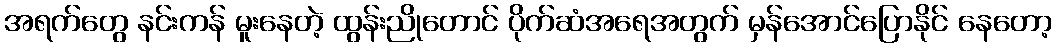
အရက်တွေ နင်းကန် မူးနေတဲ့ ထွန်းညိုတောင် ပိုက်ဆံအရေအတွက် မှန်အောင်ပြောနိုင် နေတော့